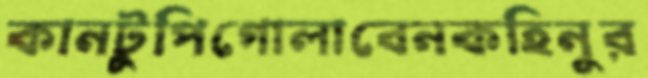
কানটুপিগোলাবেনকহিনুর